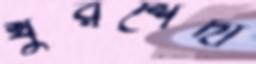
খুরশেদা